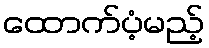
ထောက်ပံ့မည့်